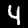
Label: 4